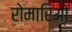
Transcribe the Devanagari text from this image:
रोमारिओ